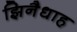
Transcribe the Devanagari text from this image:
झिनैधाह